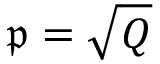
{ \mathfrak { p } } = { \sqrt { Q } }